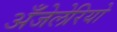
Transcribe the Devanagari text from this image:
अँजेलेरियो